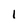
Character: 1